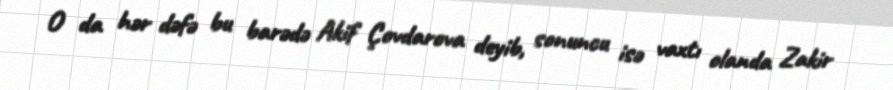
O da hər dəfə bu barədə Akif Çovdarova deyib, sonuncu isə vaxtı olanda Zakir